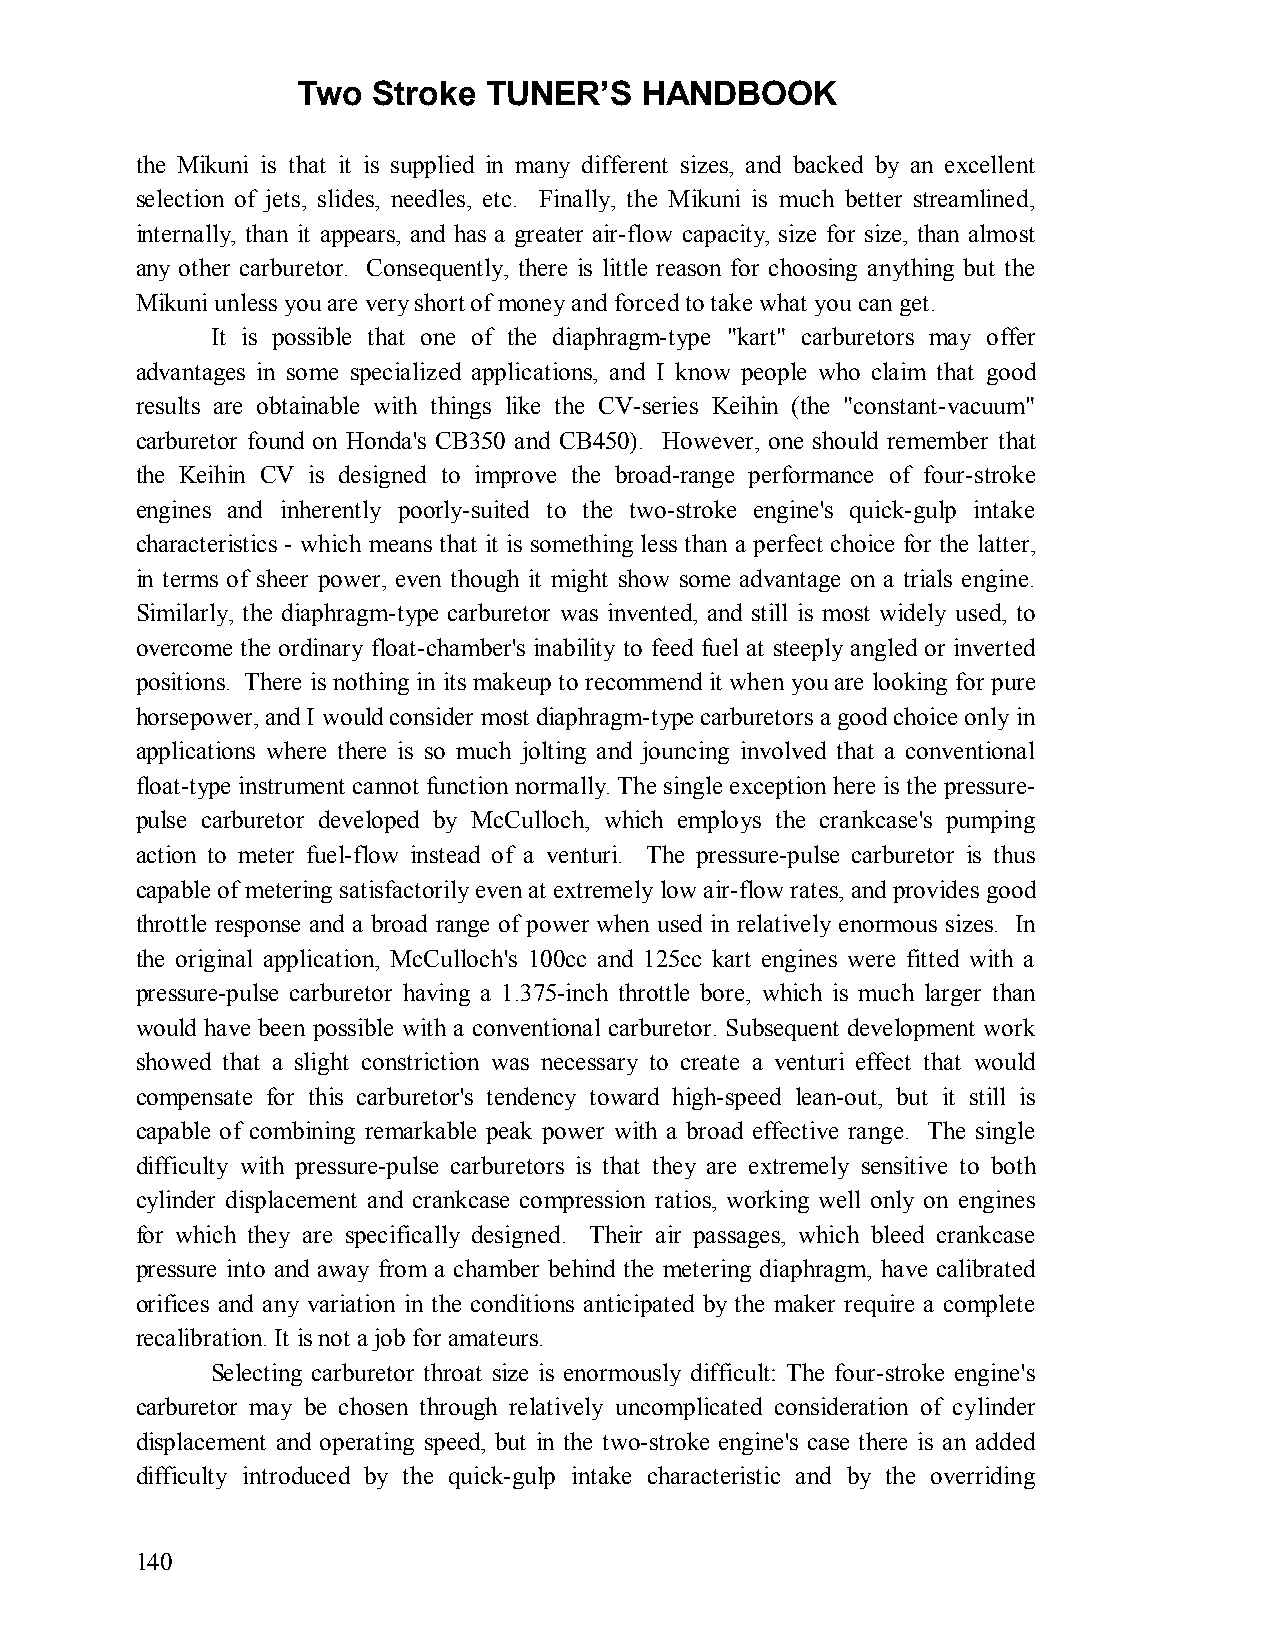
Two  Stroke TUNER’S   HANDBOOK
 the Mikuni is that it is supplied in many different sizes, and backed by an excellent
 selection of jets, slides, needles, etc. Finally, the Mikuni is much better streamlined,
 internally, than it appears, and has a greater air-flow capacity, size for size, than almost
 any other carburetor. Consequently, there is little reason for choosing anything but the
 Mikuni unless you are very short of money and forced to take what you can get.
 It is possible that one of the diaphragm-type "kart" carburetors may offer
 advantages in some specialized applications, and I know people who claim that good
 results are obtainable with things like the CV-series Keihin (the "constant-vacuum"
 carburetor found on Honda's CB350 and CB450). However, one should remember that
 the Keihin CV is designed to improve the broad-range performance of four-stroke
 engines and inherently poorly-suited to the two-stroke engine's quick-gulp intake
 characteristics - which means that it is something less than a perfect choice for the latter,
 in terms of sheer power, even though it might show some advantage on a trials engine.
 Similarly, the diaphragm-type carburetor was invented, and still is most widely used, to
 overcome the ordinary float-chamber's inability to feed fuel at steeply angled or inverted
 positions. There is nothing in its makeup to recommend it when you are looking for pure
 horsepower, and I would consider most diaphragm-type carburetors a good choice only in
 applications where there is so much jolting and jouncing involved that a conventional
 float-type instrument cannot function normally. The single exception here is the pressure-
 pulse carburetor developed by McCulloch, which employs the crankcase's pumping
 action to meter fuel-flow instead of a venturi. The pressure-pulse carburetor is thus
 capable of metering satisfactorily even at extremely low air-flow rates, and provides good
 throttle response and a broad range of power when used in relatively enormous sizes. In
 the original application, McCulloch's 100cc and 125cc kart engines were fitted with a
 pressure-pulse carburetor having a 1.375-inch throttle bore, which is much larger than
 would have been possible with a conventional carburetor. Subsequent development work
 showed that a slight constriction was necessary to create a venturi effect that would
 compensate for this carburetor's tendency toward high-speed lean-out, but it still is
 capable of combining remarkable peak power with a broad effective range. The single
 difficulty with pressure-pulse carburetors is that they are extremely sensitive to both
 cylinder displacement and crankcase compression ratios, working well only on engines
 for which they are specifically designed. Their air passages, which bleed crankcase
 pressure into and away from a chamber behind the metering diaphragm, have calibrated
 orifices and any variation in the conditions anticipated by the maker require a complete
 recalibration. It is not a job for amateurs.
 Selecting carburetor throat size is enormously difficult: The four-stroke engine's
 carburetor may be chosen through relatively uncomplicated consideration of cylinder
 displacement and operating speed, but in the two-stroke engine's case there is an added
 difficulty introduced by the quick-gulp intake characteristic and by the overriding
 140